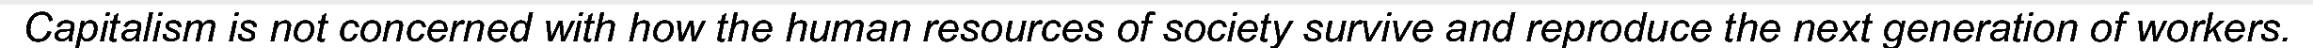
Capitalism is not concerned with how the human resources of society survive and reproduce the next generation of workers.